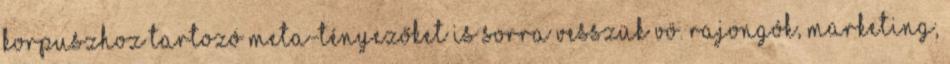
korpuszhoz tartozó meta-tényezőket is sorra vesszük vö. rajongók, marketing,